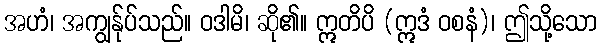
အဟံ၊ အကျွန်ုပ်သည်။ ဝဒါမိ၊ ဆို၏။ ဣတိပိ (ဣဒံ ဝစနံ)၊ ဤသို့သော